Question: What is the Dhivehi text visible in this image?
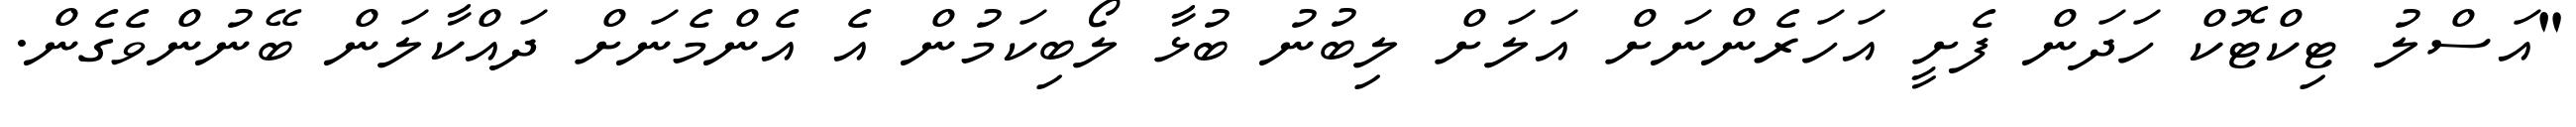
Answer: "އަސްލު ޓިކްޓޮކް ހަދަން ފެށީ އަހަރެންނަށް އަލަށް ލިބުނު ބުޅާ ލޯބިކަމުން އެ އެންމެނަށް ދައްކާލަން ބޭނުންވެގެން.